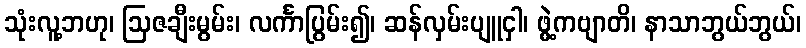
သုံးလူ့ဘဟု၊ ဩဇချီးမွမ်း၊ လင်္ကာပြွမ်း၍၊ ဆန်လှမ်းပျူငှါ၊ ဖွဲ့ကဗျာတိ၊ နာသာဘွယ်ဘွယ်၊